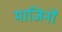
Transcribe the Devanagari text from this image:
माजिनों